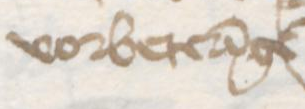
vorbetereinge